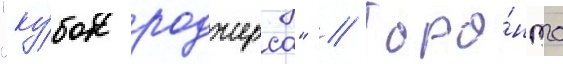
"ку́бок роджерса" // Торо́нто